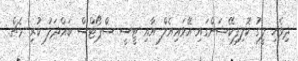
ދިވެހި ލީގު ކޮލިފިކޭޝަންގައި އޭވައިއެލް އާއި ޓީސީ ސްޕޯޓްސް ބައްދަލު ކުރި މެޗް.